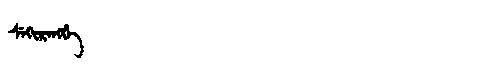
Manchu: ᠰᡝᡴᡳᡵᡝᠩᡤᡝ
Romanization: SEKIRENGGE